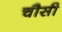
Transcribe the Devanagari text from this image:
चौसी